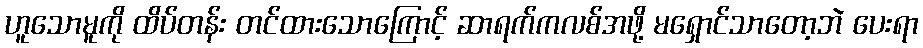
ဟူသောမူကို ထိပ်တန်း တင်ထားသောကြောင့် ဆာရက်ကလစ်အဖို့ မရှောင်သာတော့ဘဲ ပေးရာ